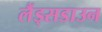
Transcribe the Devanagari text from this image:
लैंड्सडाउन